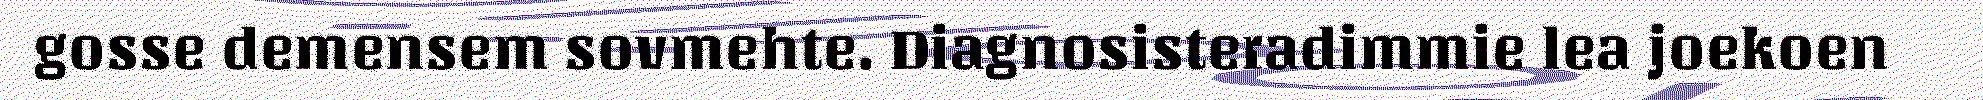
gosse demensem sovmehte. Diagnosisteradimmie lea joekoen